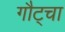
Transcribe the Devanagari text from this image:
गौट्चा